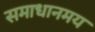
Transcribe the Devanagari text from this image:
समाधानमय